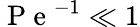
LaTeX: \mathrm{~P~e~}^{-1}\ll 1